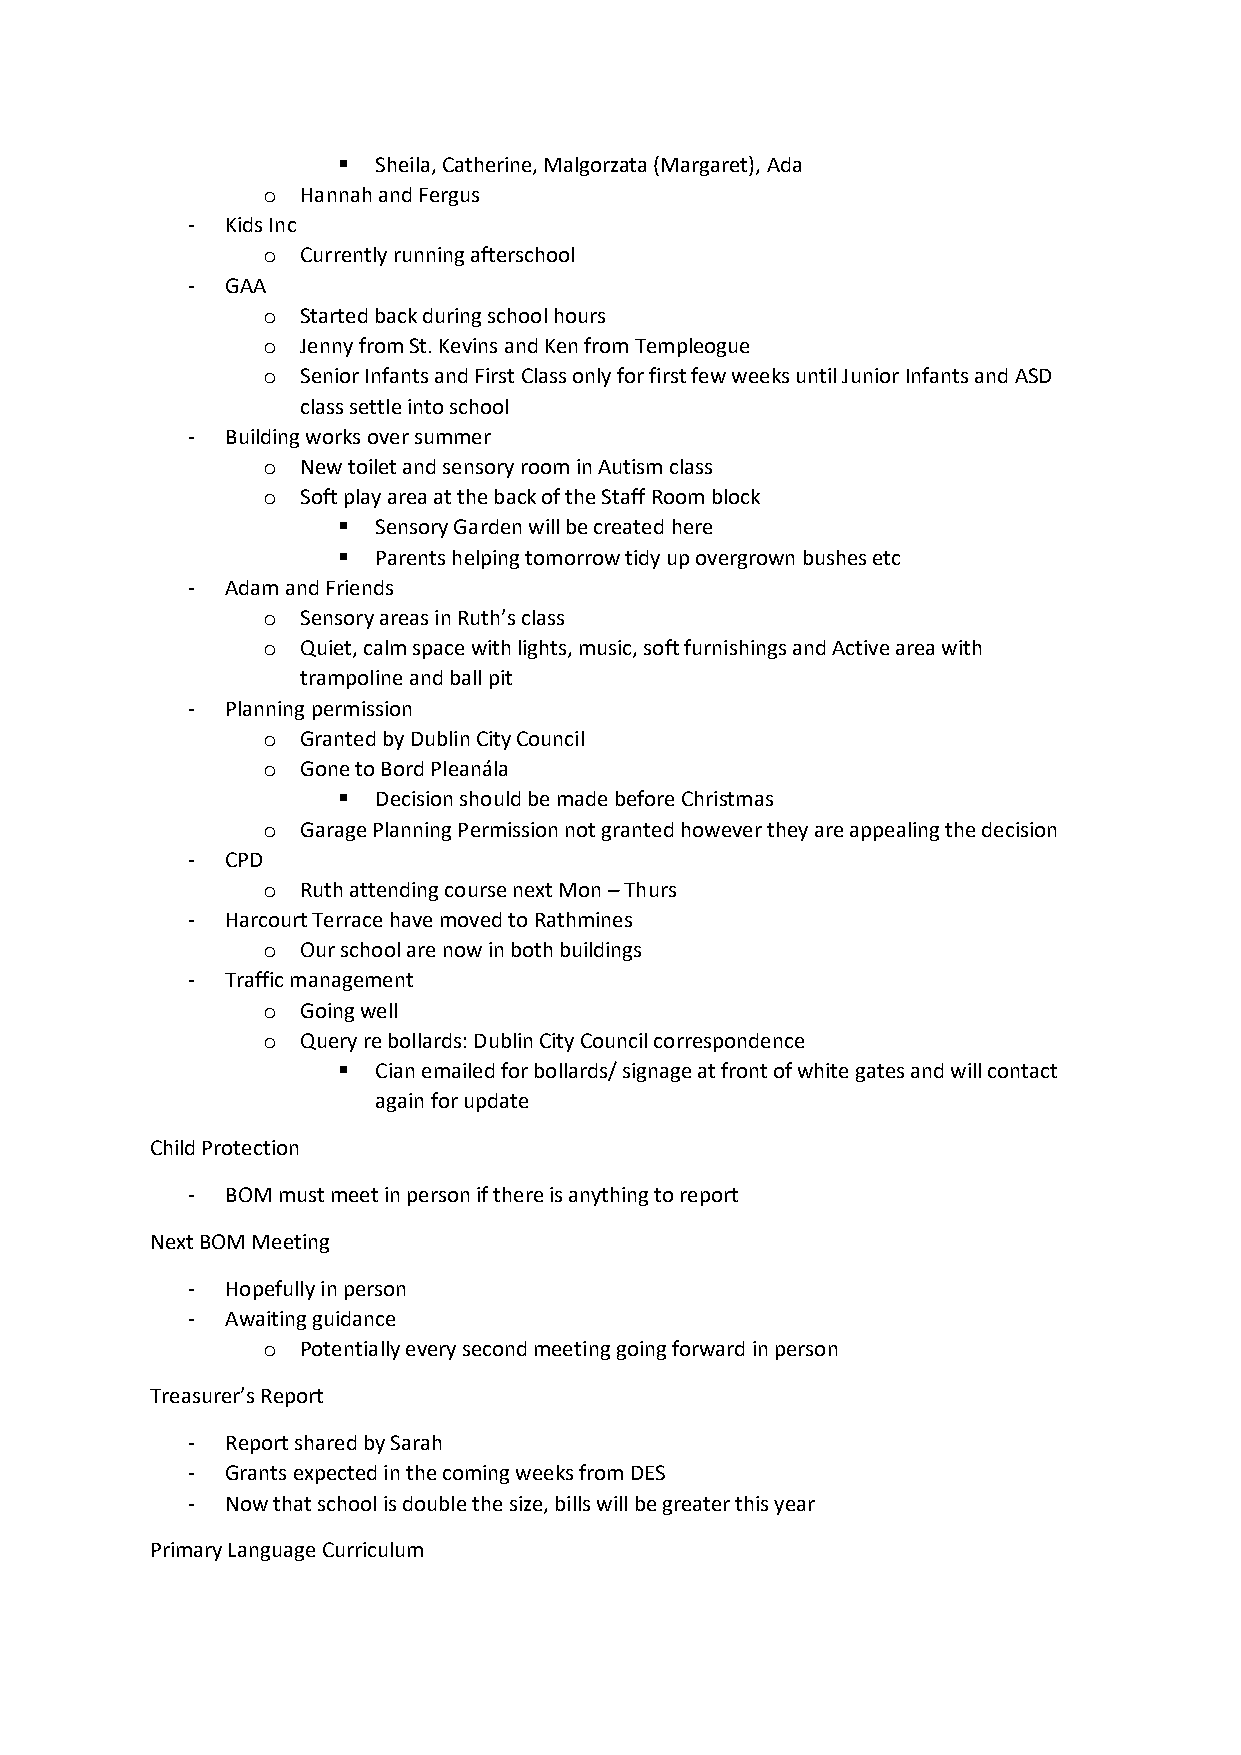
▪  Sheila, Catherine, Malgorzata (Margaret), Ada
 o  Hannah and Fergus
 -  Kids Inc
 o  Currently running afterschool
 -  GAA
 o  Started back during school hours
 o  Jenny from St. Kevins and Ken from Templeogue
 o  Senior Infants and First Class only for first few weeks until Junior Infants and ASD
 class settle into school
 -  Building works over summer
 o  New toilet and sensory room in Autism class
 o  Soft play area at the back of the Staff Room block
 ▪  Sensory Garden will be created here
 ▪  Parents helping tomorrow tidy up overgrown bushes etc
 -  Adam and Friends
 o  Sensory areas in Ruth’s class
 o  Quiet, calm space with lights, music, soft furnishings and Active area with
 trampoline and ball pit
 -  Planning permission
 o  Granted by Dublin City Council
 o  Gone to Bord Pleanála
 ▪  Decision should be made before Christmas
 o  Garage Planning Permission not granted however they are appealing the decision
 -  CPD
 o  Ruth attending course next Mon – Thurs
 -  Harcourt Terrace have moved to Rathmines
 o  Our school are now in both buildings
 -  Traffic management
 o  Going well
 o  Query re bollards: Dublin City Council correspondence
 ▪  Cian emailed for bollards/ signage at front of white gates and will contact
 again for update
 Child Protection
 -  BOM must meet in person if there is anything to report
 Next BOM Meeting
 -  Hopefully in person
 -  Awaiting guidance
 o  Potentially every second meeting going forward in person
 Treasurer’s Report
 -  Report shared by Sarah
 -  Grants expected in the coming weeks from DES
 -  Now that school is double the size, bills will be greater this year
 Primary Language Curriculum